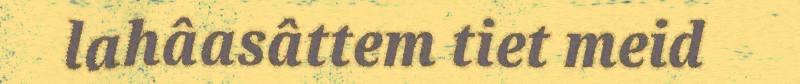
lahâasâttem tiet meid